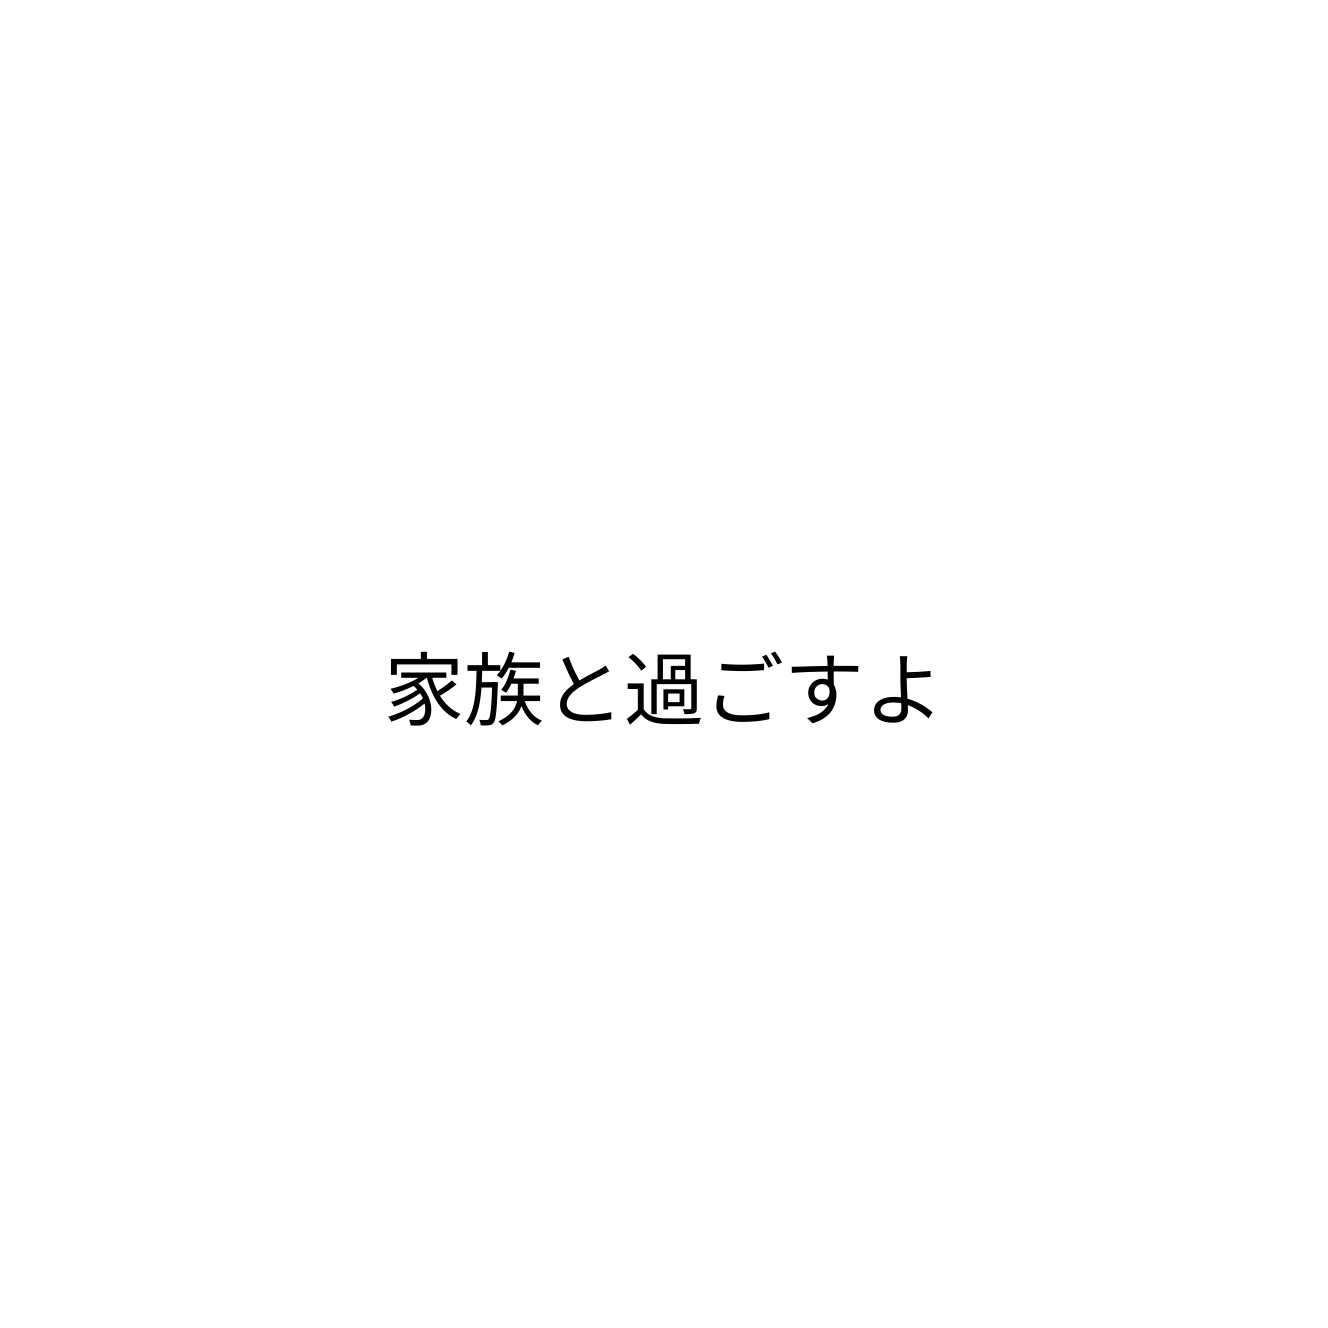
家族と過ごすよ